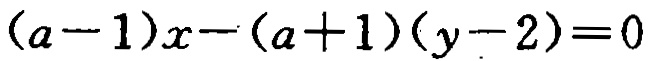
\((a - 1)x - (a + 1)(y - 2) = 0\)